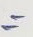
=